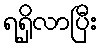
ရရှိလာပြီး